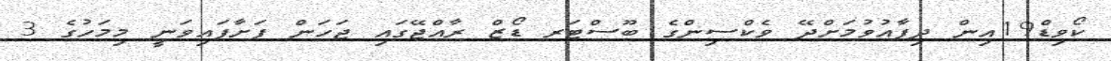
ކޯވިޑް19އިން ދިފާއުވުމަށްދޭ ވެކްސިންގެ ބޫސްޓަރ ޑޯޒް ރާއްޖޭގައި ޖަހަން ފަށާފައިވަނީ މިމަހުގެ 3